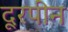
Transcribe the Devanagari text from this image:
दूरपीन